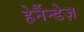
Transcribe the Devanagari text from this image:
हेर्नैन्डेज़